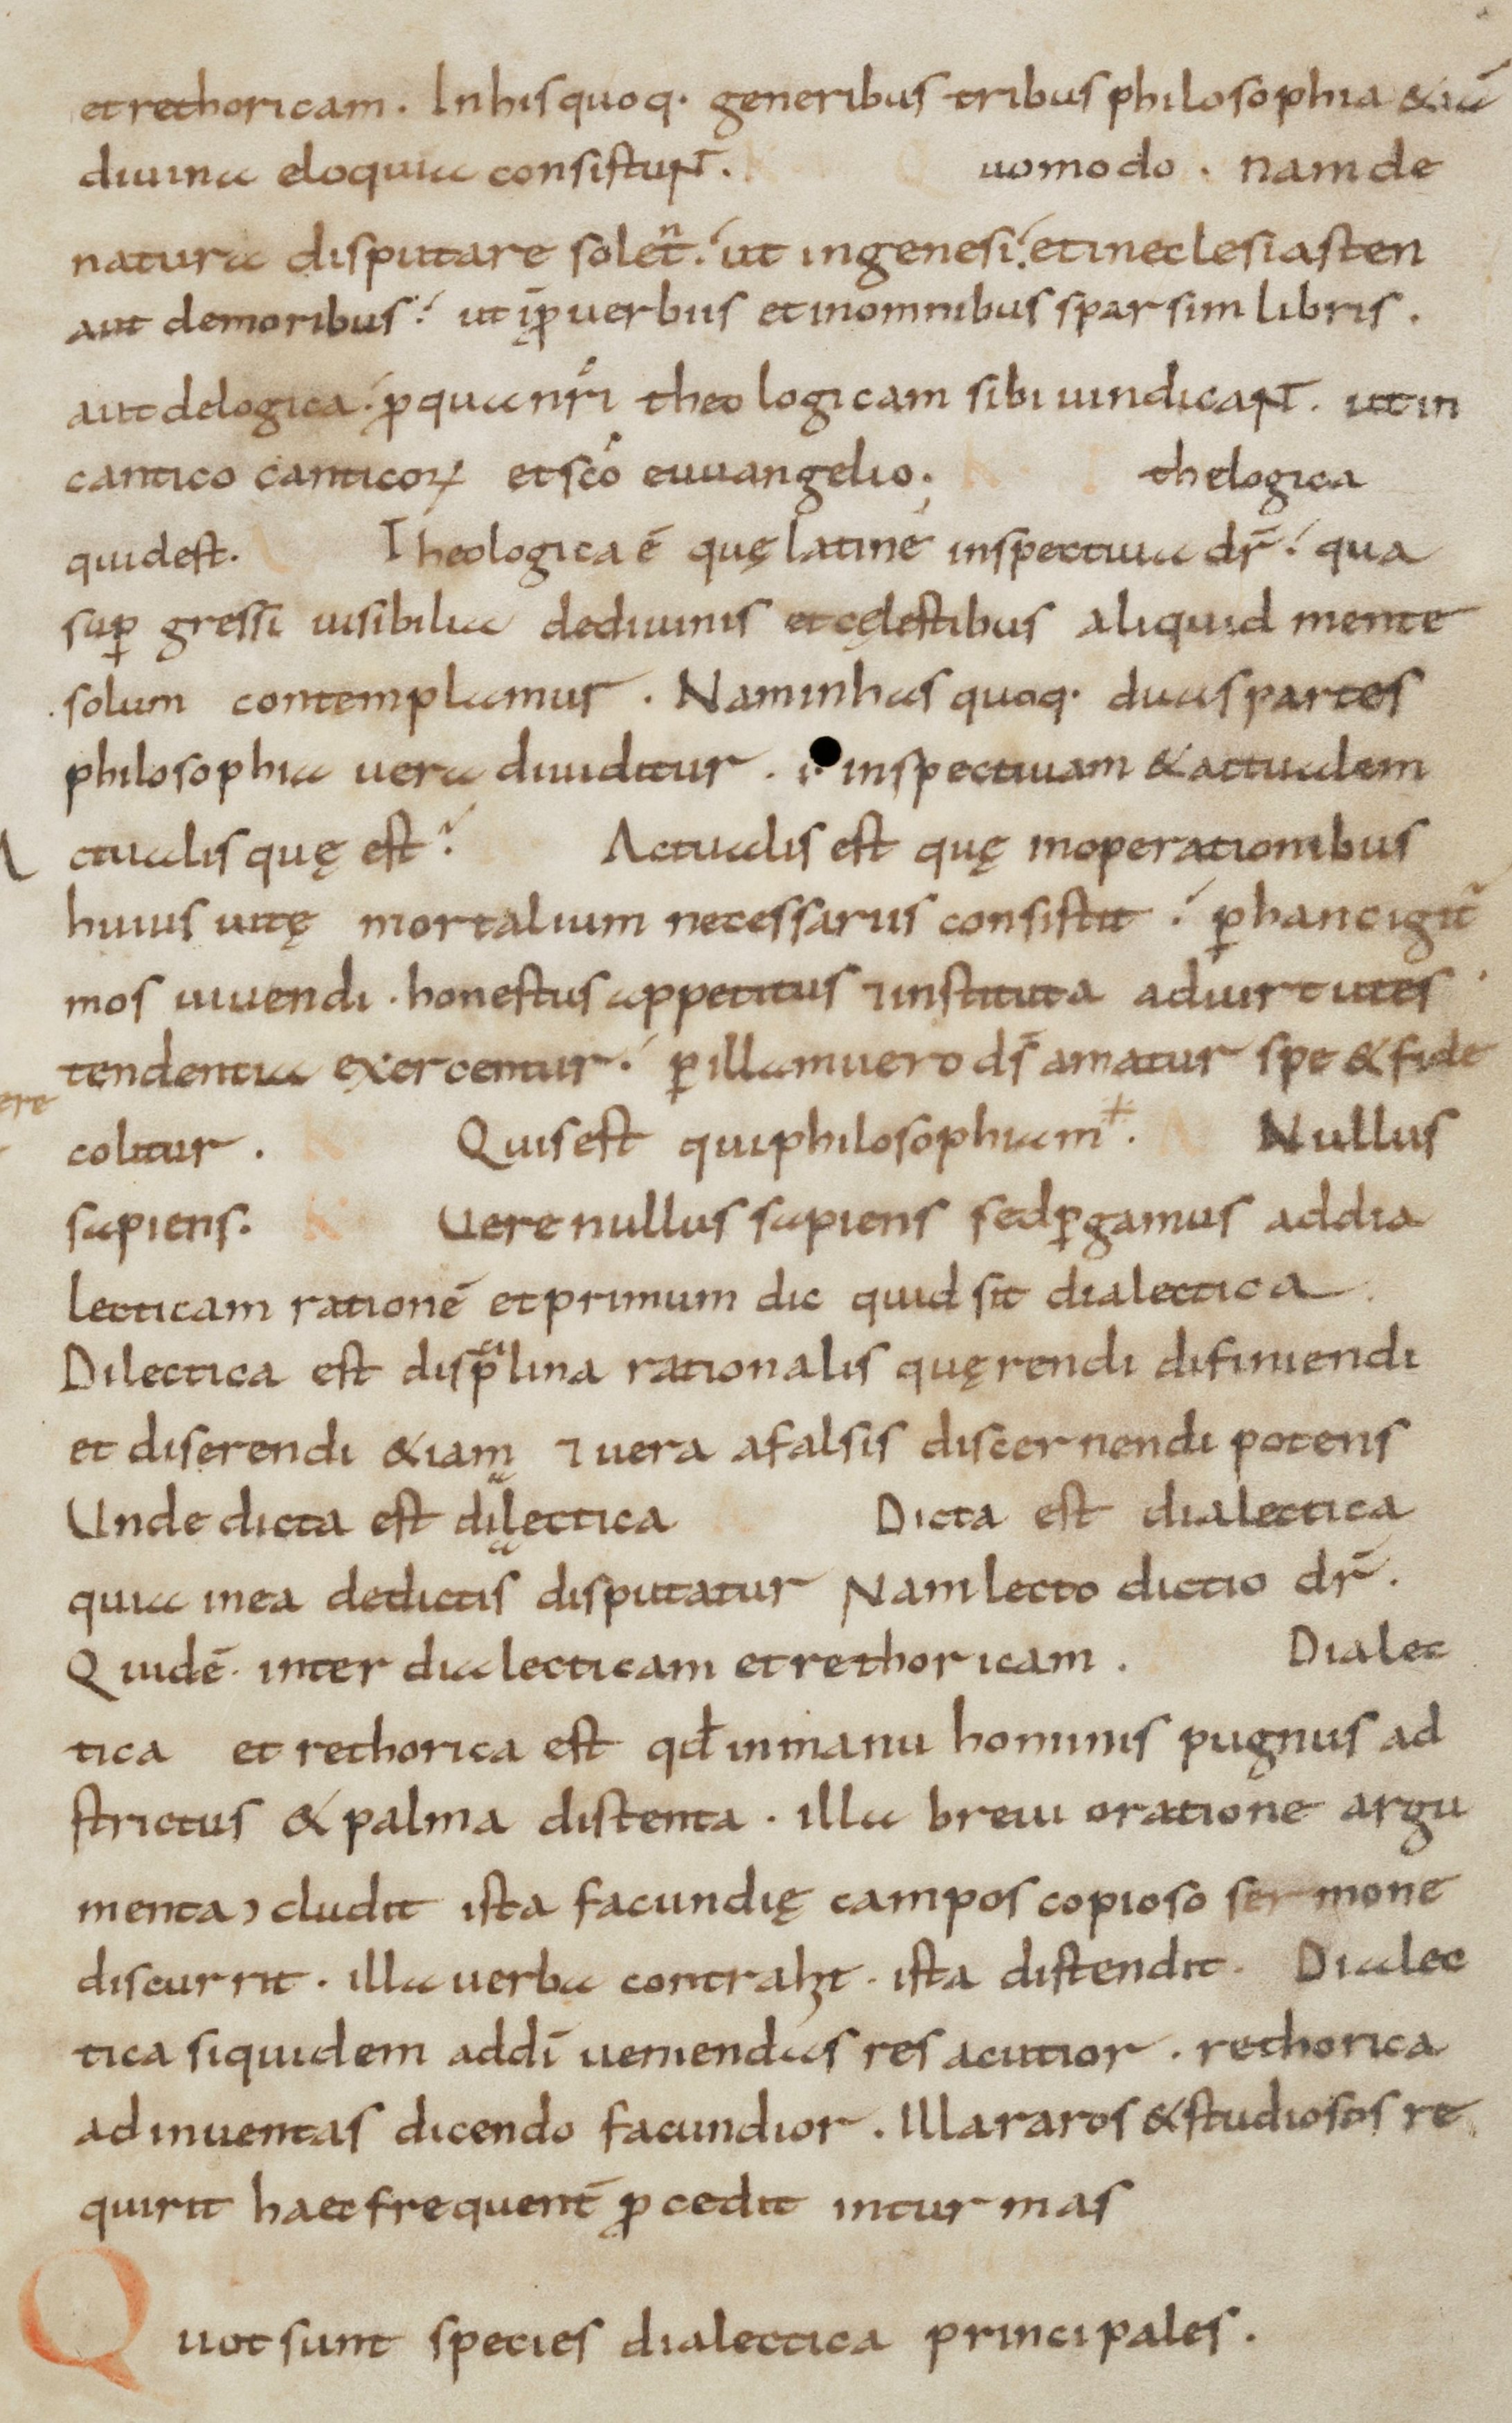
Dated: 800–899